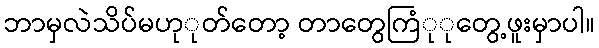
ဘာမှလဲသိပ်မဟုုတ်တော့ တာတွေကြံုုတွေ့ဖူးမှာပါ။